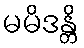
မမိဒန္တိ